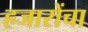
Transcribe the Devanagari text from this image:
हजारोंचा